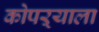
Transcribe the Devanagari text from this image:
कोपऱ्याला